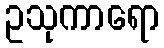
ဥသုကာရော